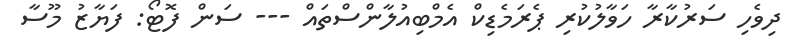
ދިވެހި ސަރުކާރާ ހަވާލުކުރި ޕެރަމެޑިކް އެމްބިއުލާންސްތައް --- ސަން ފޮޓޯ: ފަޔާޒު މޫސާ